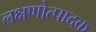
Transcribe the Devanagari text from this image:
लक्षणोत्पादक